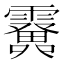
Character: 𩆫